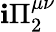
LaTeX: \mathbf{i}\Pi_{2}^{\mu\nu}